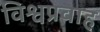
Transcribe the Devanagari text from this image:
विश्वप्रवाह